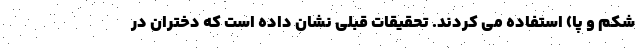
شکم و پا) استفاده می کردند. تحقیقات قبلی نشان داده است که دختران در